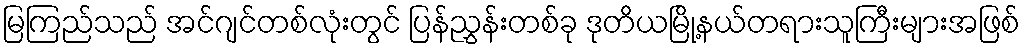
မြကြည်သည် အင်ဂျင်တစ်လုံးတွင် ပြန်ညွှန်းတစ်ခု ဒုတိယမြို့နယ်တရားသူကြီးများအဖြစ်